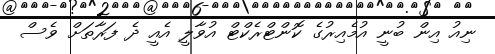
ނިއު އިން ބުނީ އުމެއިރުގެ ކޮންޓްރެކްޓް އުވާލީ އެއީ ދެ ފަރާތަށް ވެސް